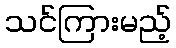
သင်ကြားမည့်